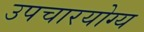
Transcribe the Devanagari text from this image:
उपचारयोग्य